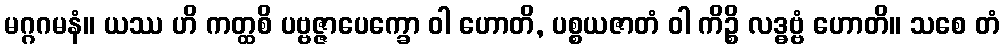
မဂ္ဂဂမနံ။ ယဿ ဟိ ကတ္ထစိ ပဗ္ဗဇ္ဇာပေက္ခော ဝါ ဟောတိ, ပစ္စယဇာတံ ဝါ ကိဉ္စိ လဒ္ဓဗ္ဗံ ဟောတိ။ သစေ တံ